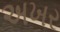
અખર